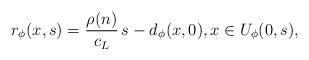
LaTeX: \begin{align*}r_\phi(x,s)=\frac{\rho(n)}{c_L}\,s-d_\phi(x,0), x\in U_\phi(0,s),\end{align*}